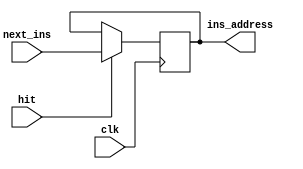
`timescale 1ns / 1ps
//////////////////////////////////////////////////////////////////////////////////
// Company: 
// Engineer: 
// 
// Design Name: 
// Module Name:    PC_2 
// Project Name: 
// Target Devices: 
// Tool versions: 
// Description: 
//
// Dependencies: 
//
// Revision: 
// Revision 0.01 - File Created
// Additional Comments: 
//
//////////////////////////////////////////////////////////////////////////////////
module PC_2(input [31:0] next_ins , input clk , input hit , output reg [31:0] ins_address);

	// This program counter contains "hit" input, which is used to locate next instruction to the current instruction when hit signal is up
	
	initial begin
		ins_address = 32'b00;
	end
	
	always @(negedge clk) begin
		if ( hit == 1 )
			ins_address = next_ins;
	end
	

endmodule